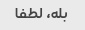
بله، لطفا